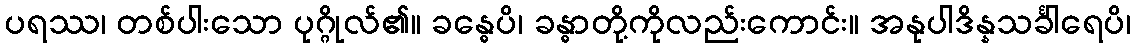
ပရဿ၊ တစ်ပါးသော ပုဂ္ဂိုလ်၏။ ခန္ဓေပိ၊ ခန္ဓာတို့ကိုလည်းကောင်း။ အနုပါဒိန္နသင်္ခါရေပိ၊